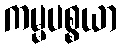
ကမ္မပစ္စယာ